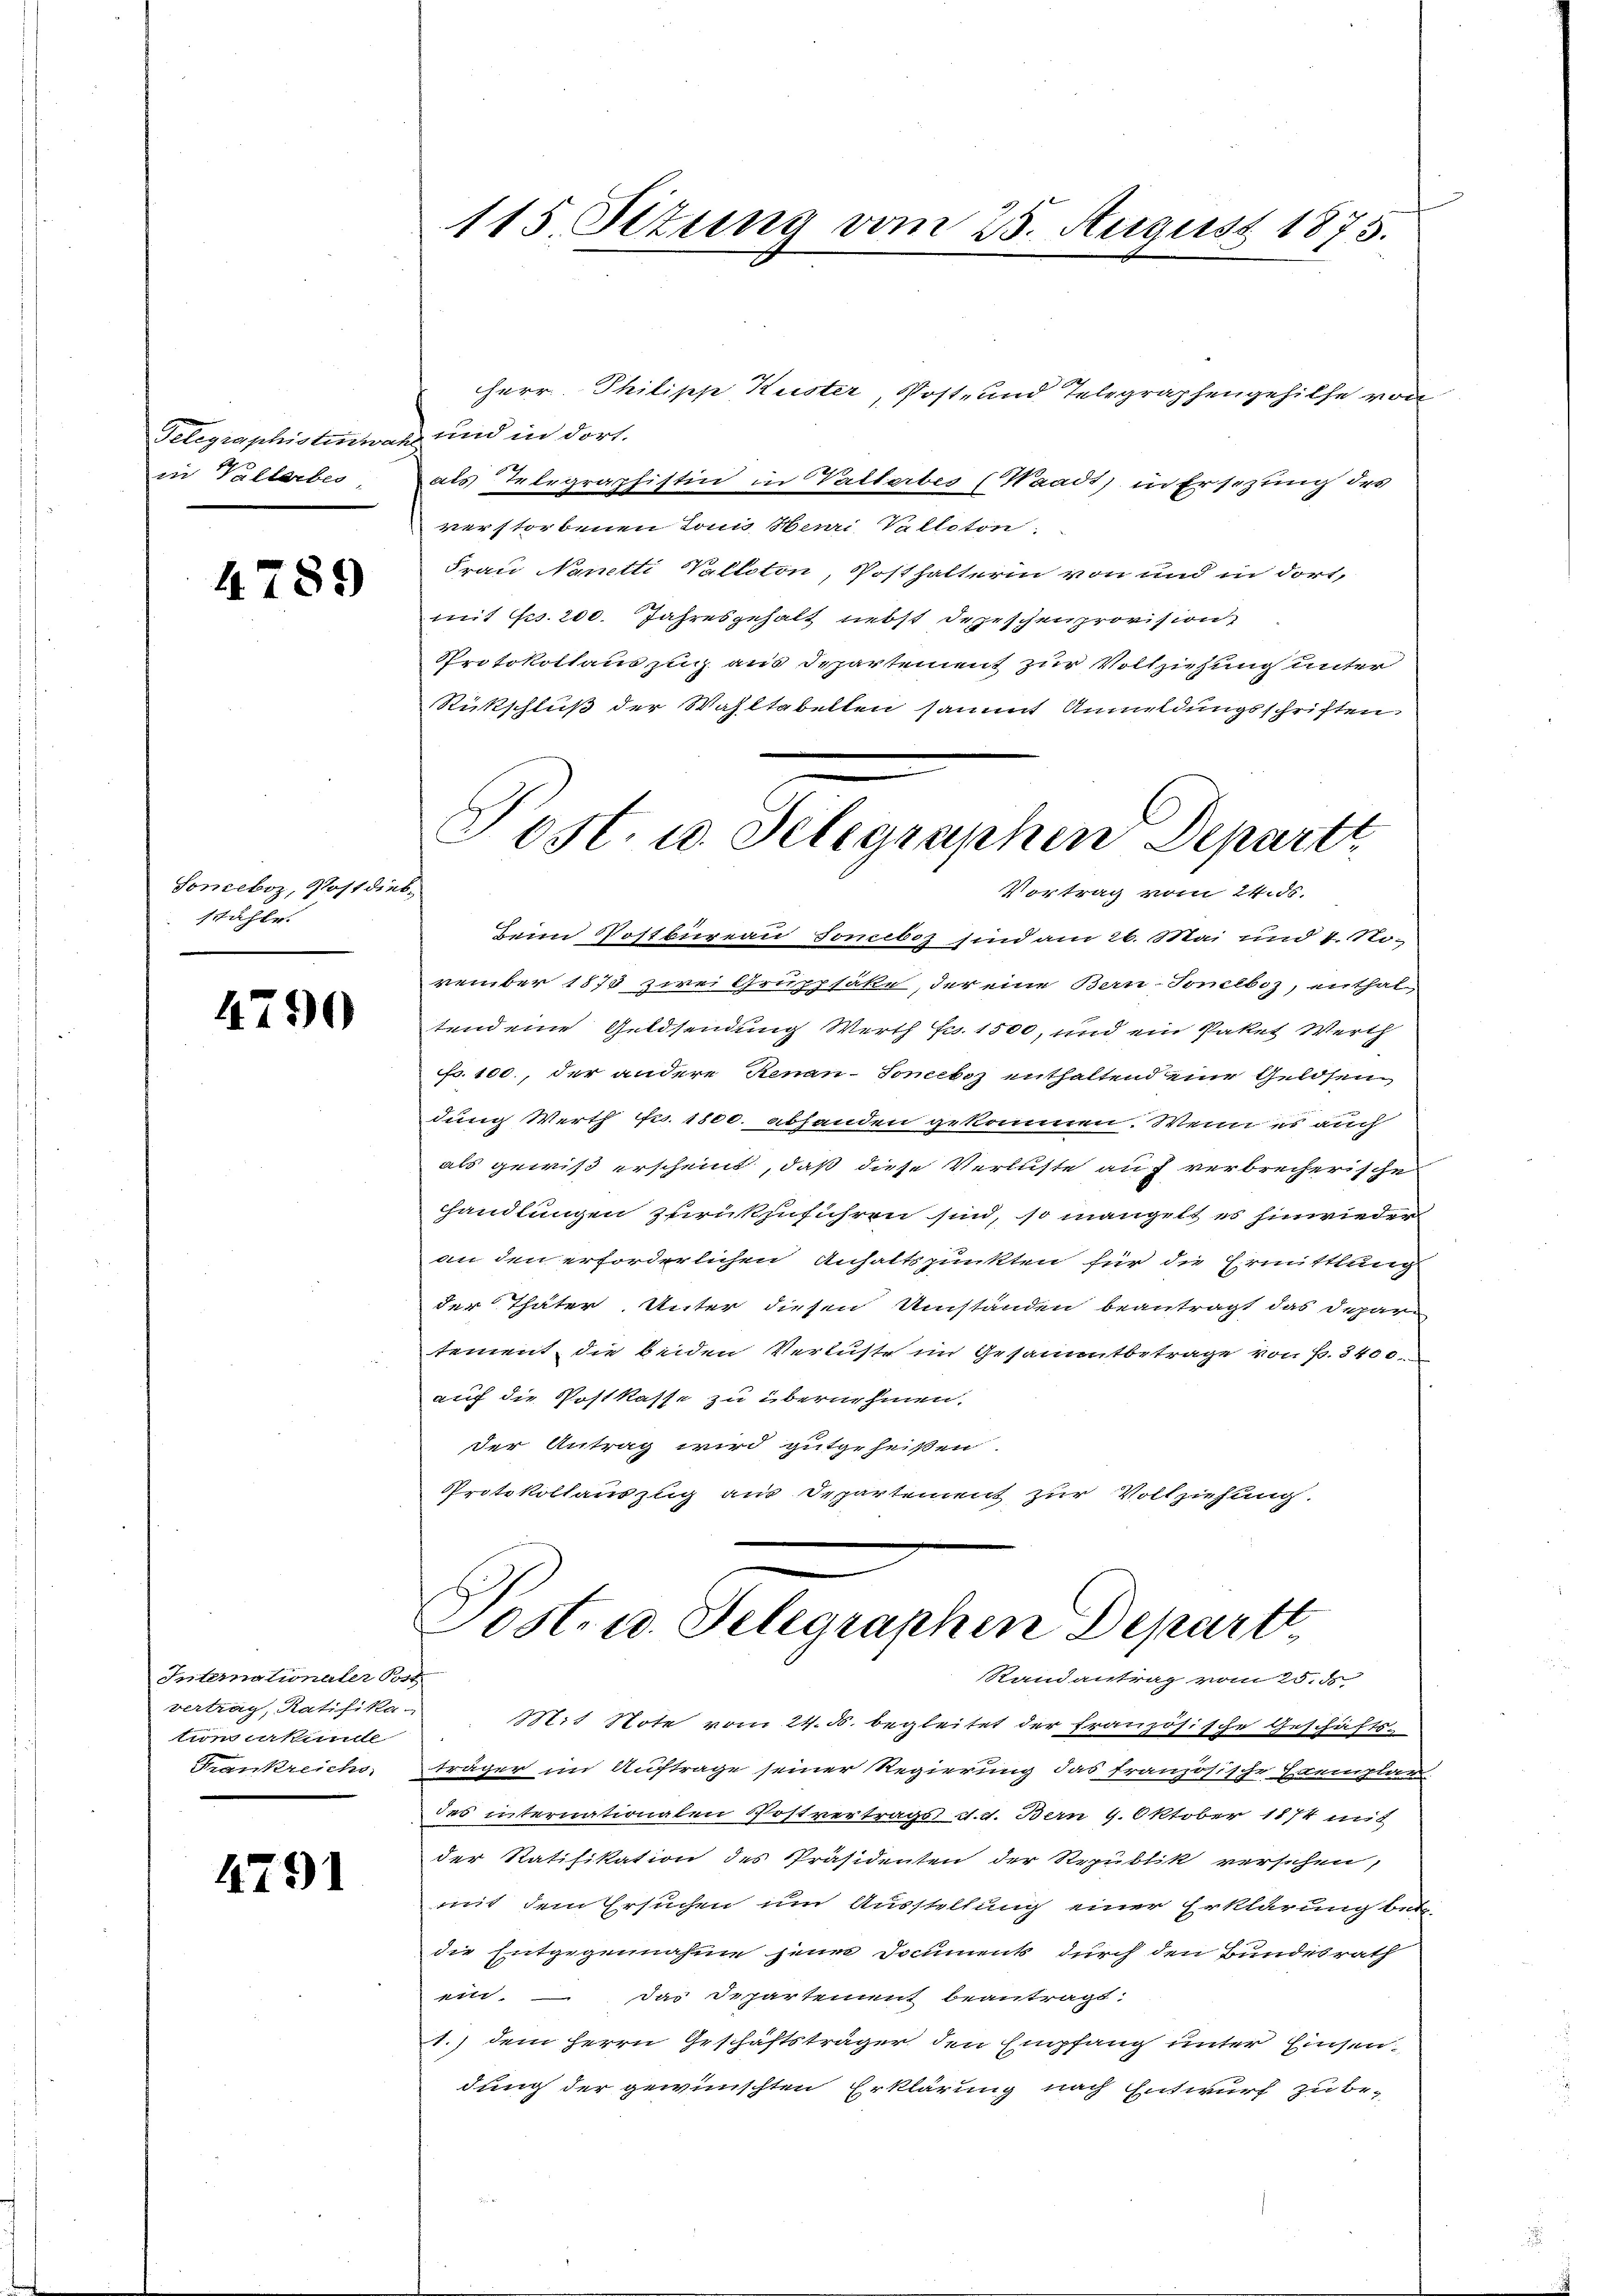
Gelegraphistischer
in Vallerbes

4789

Sonceboz, Postdi
stähle.

4790

Internationaler Bott
vertrag, Ratifikation erkunde
Frankreichs

1791

Herr Philipp Kuster, Post- und Telegraphengehilfe von
a und in dort.
als Telegraphistin in Vatterbes (Waadt) in Ersezung des
verstorbenen Tonis Henri Valleton.
Frau Nanetti Valloton, Posthalterin von und in dort,
mit Fr. 200. Jahresgehalt nebst Depeschenprovision
Protokollauszug aus Departement zur Vollziehung unter
Rückschluß der Wahltabellen sammt Anmeldungsschriften
ic
Beim Postbureau Soneboz sind am 26. Mai und 1. No.
vember 1875 zwei Gruppsäke, der eine Bern-Tonelboz, enthal
tend eine Geldsendung Werth Fr. 1500, und ein Paket Werth
fr. 100., der andere Renau-Sonceboz enthaltend eine Geldsen
dung Werth Fr. 1800. abhanden gekommen. Wenn es auch
als gewiß erscheint, daß diese Verluste auf verbrecherische
handlungen zurückzuführen sind, so mangelt es hinwiede
an den erforderlichen Anhaltspunkten für die Ermittlung
der Thäter Unter diesen Umständen beantragt das Departement, die beiden Verluste im Gesammtbetrage von s. 3400.
auf die Postkasse zu übernehmen.
der Antrag wird gutgeheißen
Protokollauszug aus Departement zur Vollziehung.

115. Situng vom 25. August 1875.

Post. u. Selegraphen Depart
Vortrag vom 24. ds.

Post. 10. Telegraphen Departt
Randantrag vom 25. d

Mit Note vom 24. d. begleitet der französische Geschäfts-
träger im Auftrage seiner Regierung das französische Exemplar
des internationalen Postvertrags d. d. Bern 9. Oktober 1874 mit
der Ratifikation des Präsidenten der Republik versehen,
mit dem Ersuchen um Ausstellung einer Erklärung betr.
die Entgegennahme jenes Documents durch den Bundesrath
ein. Das Departement beantragt:
1.) dem Herrn Geschäftsträger den Empfang unter Einsendung der gewünschten Erklärung nach Entwurf zu be-